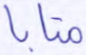
متابا